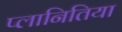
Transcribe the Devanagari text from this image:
प्लानितिया